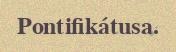
Pontifikátusa.